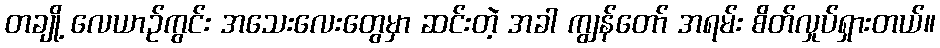
တချို့ လေယာဉ်ကွင်း အသေးလေးတွေမှာ ဆင်းတဲ့ အခါ ကျွန်တော် အရမ်း စိတ်လှုပ်ရှားတယ်။